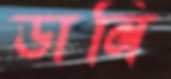
ডানি